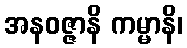
အနဝဇ္ဇာနိ ကမ္မာနိ၊